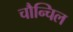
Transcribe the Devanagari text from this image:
चौन्चिल